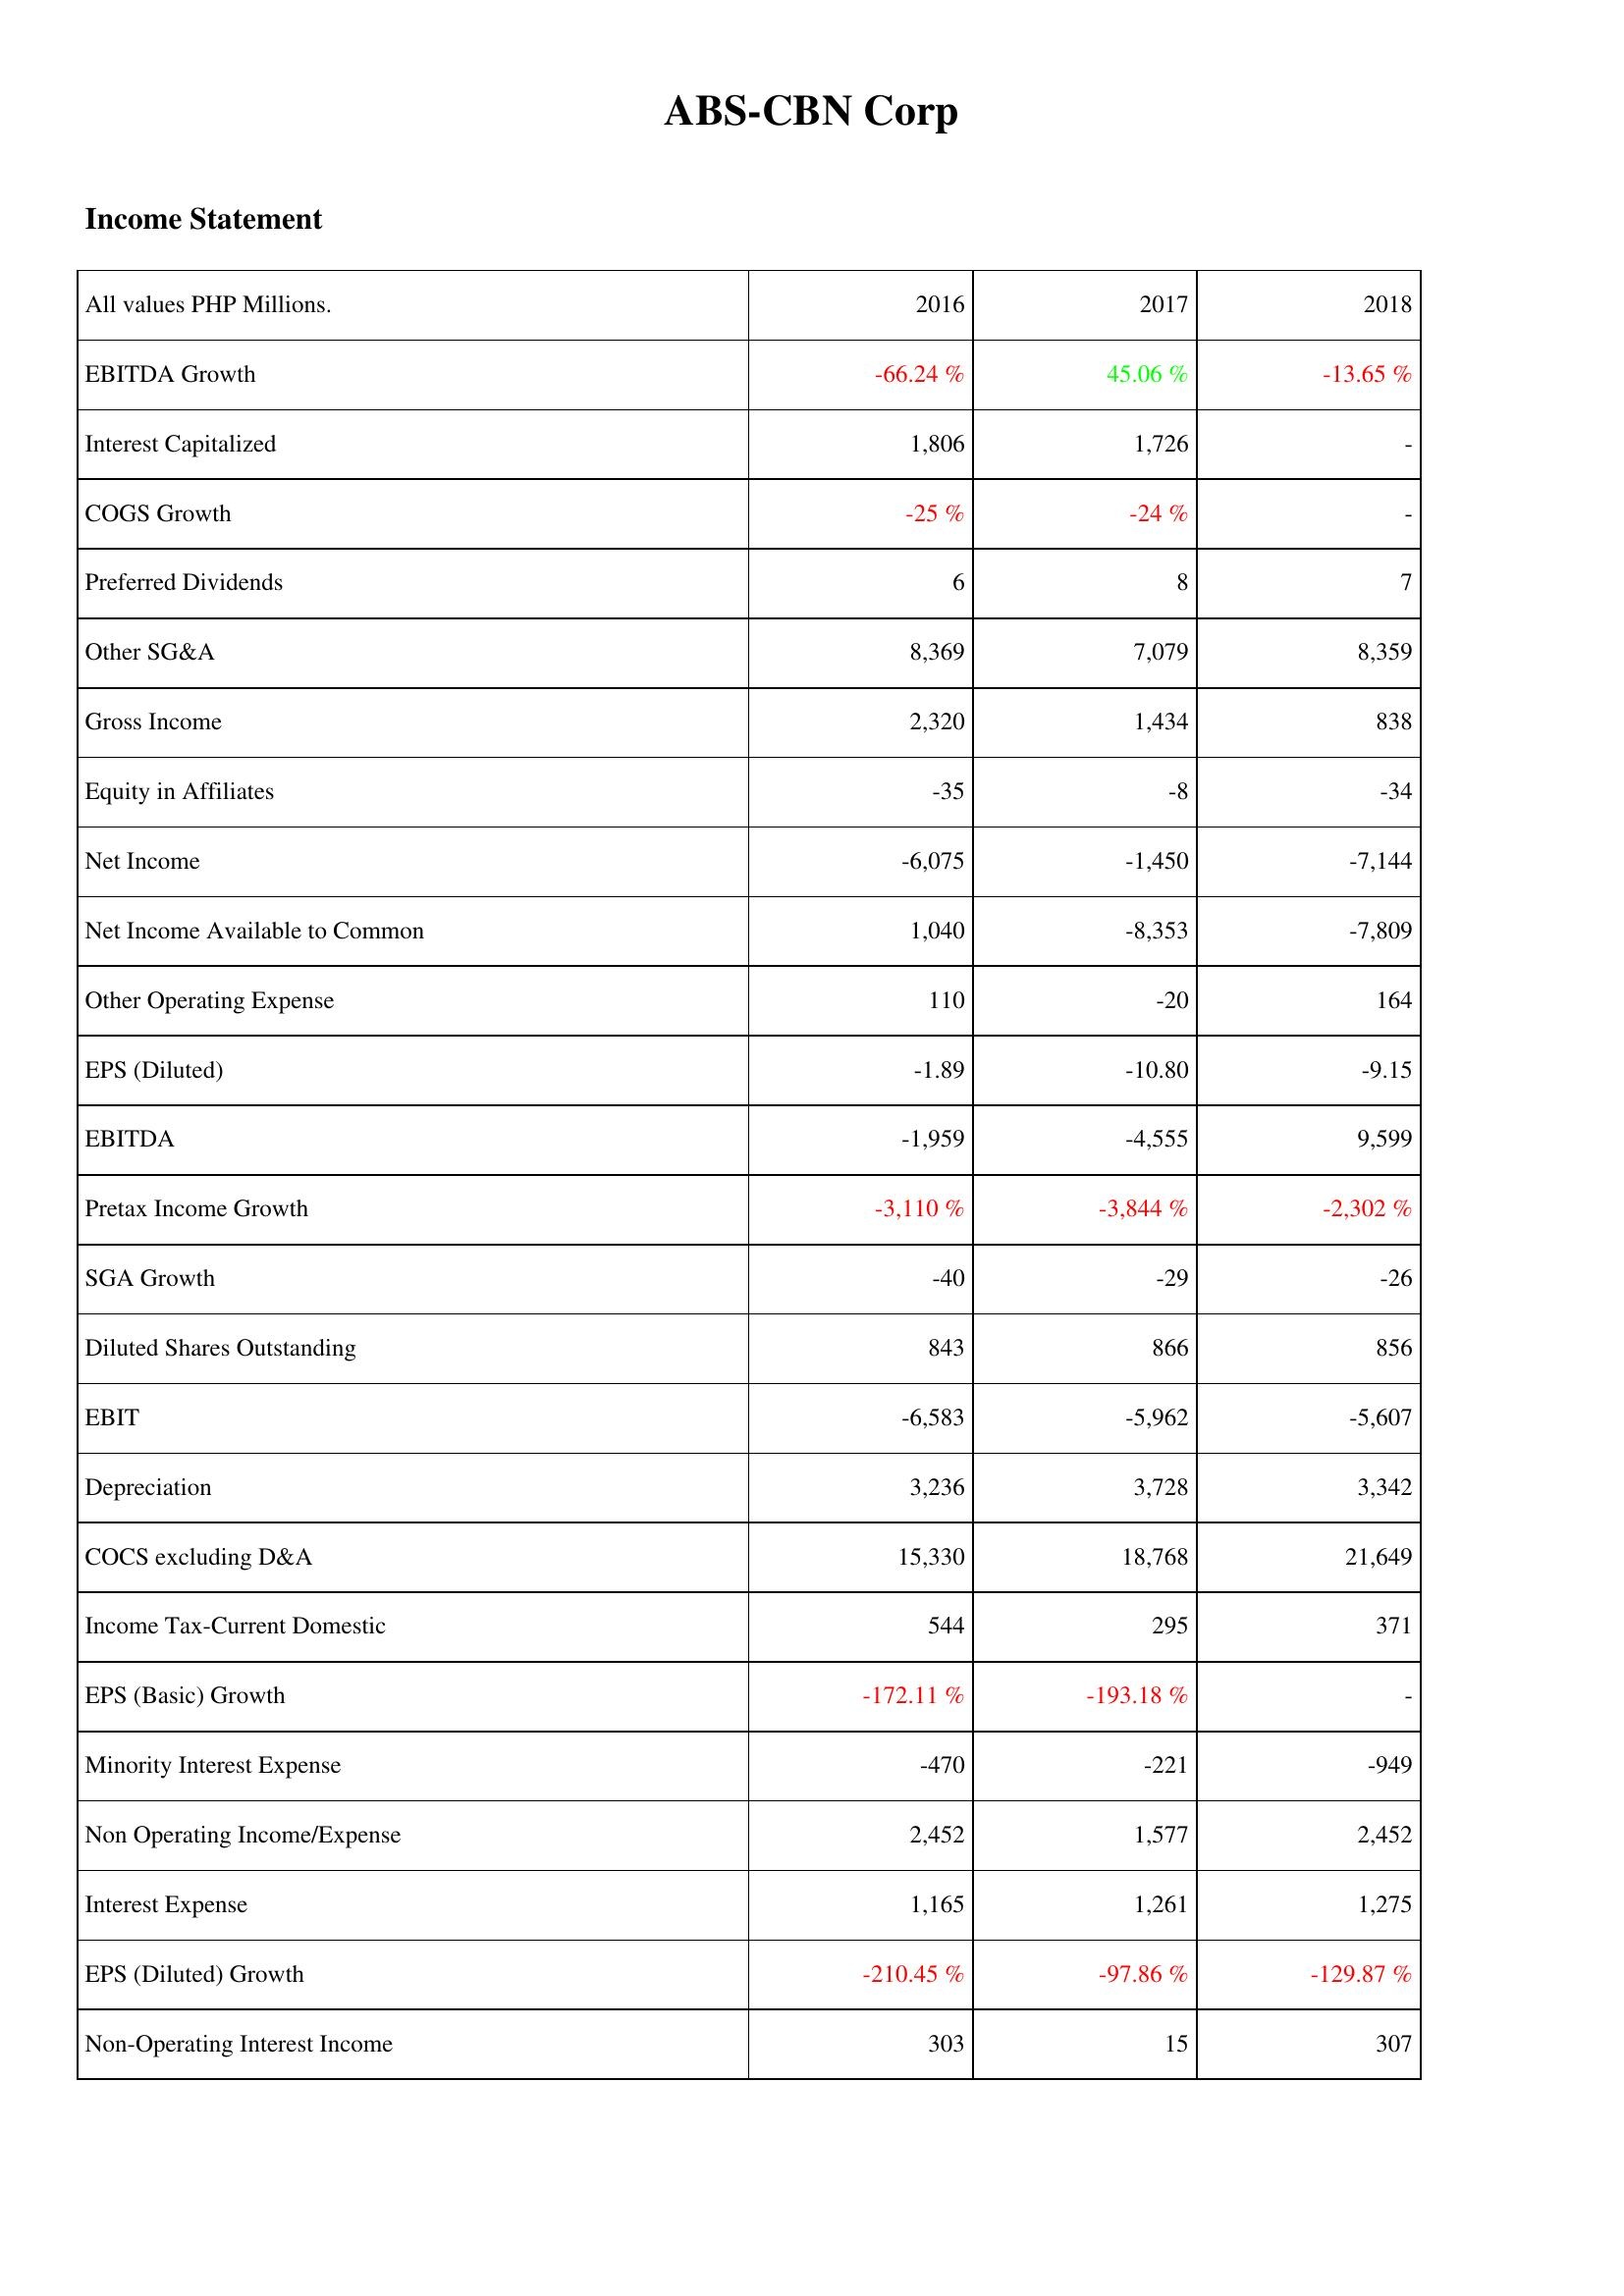
2016: Income Statement: EBITDA Growth: -66.24 %
Interest Capitalized: 1,806
COGS Growth: -25 %
Preferred Dividends: 6
Other SG&A: 8,369
Gross Income: 2,320
Equity in Affiliates: -35
Net Income: -6,075
Net Income Available to Common: 1,040
Other Operating Expense: 110
EPS (Diluted): -1.89
EBITDA: -1,959
Pretax Income Growth: -3,110 %
SGA Growth: -40
Diluted Shares Outstanding: 843
EBIT: -6,583
Depreciation: 3,236
COCS excluding D&A: 15,330
Income Tax-Current Domestic: 544
EPS (Basic) Growth: -172.11 %
Minority Interest Expense: -470
Non Operating Income/Expense: 2,452
Interest Expense: 1,165
EPS (Diluted) Growth: -210.45 %
Non-Operating Interest Income: 303
2017: Income Statement: EBITDA Growth: 45.06 %
Interest Capitalized: 1,726
COGS Growth: -24 %
Preferred Dividends: 8
Other SG&A: 7,079
Gross Income: 1,434
Equity in Affiliates: -8
Net Income: -1,450
Net Income Available to Common: -8,353
Other Operating Expense: -20
EPS (Diluted): -10.80
EBITDA: -4,555
Pretax Income Growth: -3,844 %
SGA Growth: -29
Diluted Shares Outstanding: 866
EBIT: -5,962
Depreciation: 3,728
COCS excluding D&A: 18,768
Income Tax-Current Domestic: 295
EPS (Basic) Growth: -193.18 %
Minority Interest Expense: -221
Non Operating Income/Expense: 1,577
Interest Expense: 1,261
EPS (Diluted) Growth: -97.86 %
Non-Operating Interest Income: 15
2018: Income Statement: EBITDA Growth: -13.65 %
Interest Capitalized: -
COGS Growth: -
Preferred Dividends: 7
Other SG&A: 8,359
Gross Income: 838
Equity in Affiliates: -34
Net Income: -7,144
Net Income Available to Common: -7,809
Other Operating Expense: 164
EPS (Diluted): -9.15
EBITDA: 9,599
Pretax Income Growth: -2,302 %
SGA Growth: -26
Diluted Shares Outstanding: 856
EBIT: -5,607
Depreciation: 3,342
COCS excluding D&A: 21,649
Income Tax-Current Domestic: 371
EPS (Basic) Growth: -
Minority Interest Expense: -949
Non Operating Income/Expense: 2,452
Interest Expense: 1,275
EPS (Diluted) Growth: -129.87 %
Non-Operating Interest Income: 307